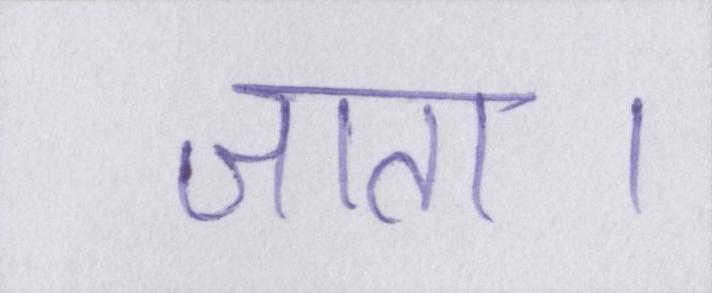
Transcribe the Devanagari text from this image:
जाता।